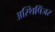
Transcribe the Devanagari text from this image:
अस्थिपिंजर